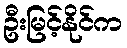
ဦးမြင့်နိုင်က